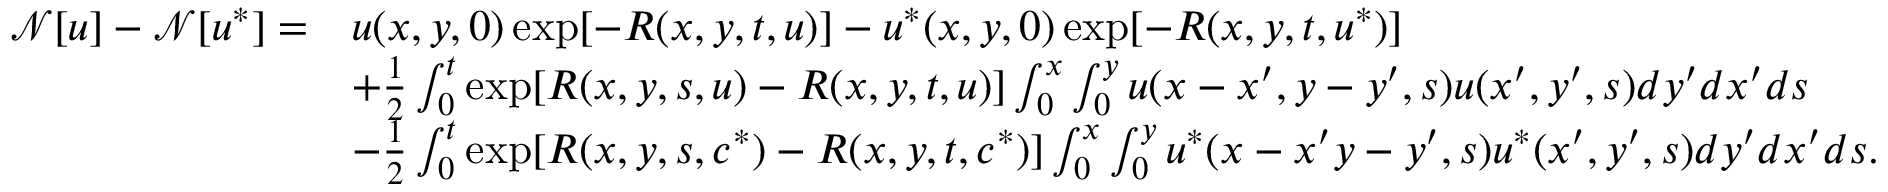
\begin{array} { r l } { \mathcal { N } [ u ] - \mathcal { N } [ u ^ { * } ] = } & { u ( x , y , 0 ) \exp [ - R ( x , y , t , u ) ] - u ^ { * } ( x , y , 0 ) \exp [ - R ( x , y , t , u ^ { * } ) ] } \\ & { + \frac { 1 } { 2 } \int _ { 0 } ^ { t } \exp [ R ( x , y , s , u ) - R ( x , y , t , u ) ] \int _ { 0 } ^ { x } \int _ { 0 } ^ { y } u ( x - x ^ { \prime } , y - y ^ { \prime } , s ) u ( x ^ { \prime } , y ^ { \prime } , s ) d y ^ { \prime } d x ^ { \prime } d s } \\ & { - \frac { 1 } { 2 } \int _ { 0 } ^ { t } \exp [ R ( x , y , s , c ^ { * } ) - R ( x , y , t , c ^ { * } ) ] \int _ { 0 } ^ { x } \int _ { 0 } ^ { y } u ^ { * } ( x - x ^ { \prime } y - y ^ { \prime } , s ) u ^ { * } ( x ^ { \prime } , y ^ { \prime } , s ) d y ^ { \prime } d x ^ { \prime } d s . } \end{array}